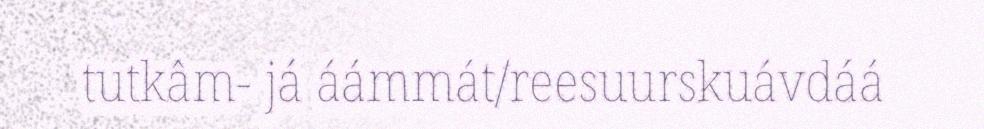
tutkâm- já áámmát/reesuurskuávdáá